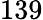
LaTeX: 139